Scottish Leaving Certificate Examination, 1953
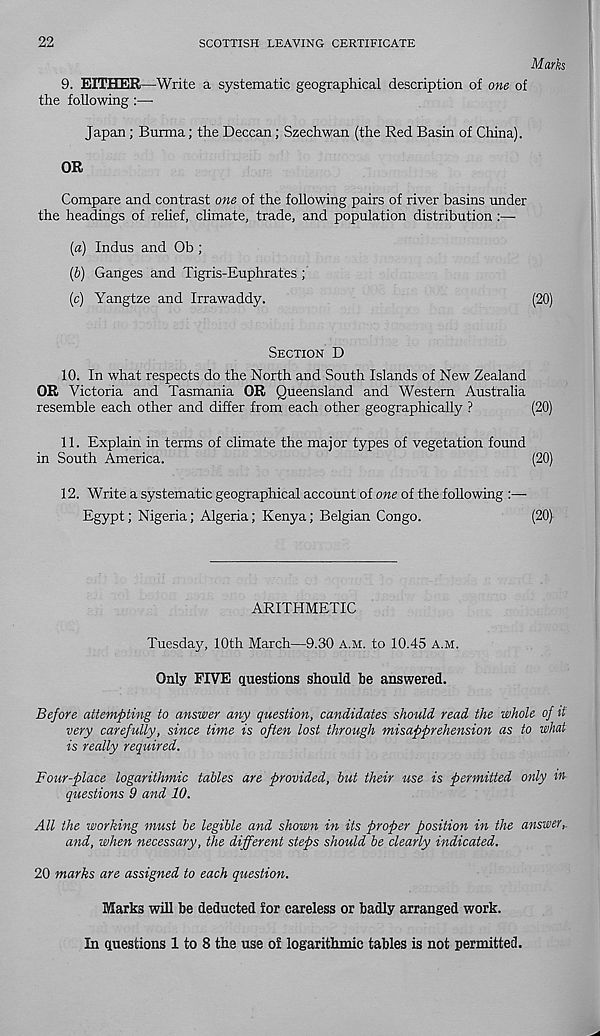
22
SCOTTISH LEAVING CERTIFICATE
Marks
9. EITHER—Write a systematic geographical description of one of
the following :—
Japan; Burma; the Deccan; Szechwan (the Red Basin of China).
OR
Compare and contrast one of the following pairs of river basins under
the headings of relief, climate, trade, and population distribution :—
(a) Indus and Ob ;
(b) Ganges and Tigris-Euphrates ;
(c) Yangtze and Irrawaddy.
(20)
SECTION D
10. In what respects do the North and South Islands of New Zealand
OR Victoria and Tasmania OR Queensland and Western Australia
resemble each other and differ from each other geographically ?
(20)
11. Explain in terms of climate the major types of vegetation found
in South America.
(20)
12. Write a systematic geographical account of one of the following
Egypt; Nigeria; Algeria; Kenya; Belgian Congo.
(20)
ARITHMETIC
Tuesday, 10th March—9.30 A.M. to 10.45 A.M.
Only FIVE ctuestions should be answered.
Before attempting to answer any question, candidates should read the whole of it
very carefully, since time is often lost through misapprehension as to what
is really required.
Four-place logarithmic tables are provided, but their use is permitted only m
questions 9 and 10.
All the working must be legible and shown in its proper position in the answer,,
and, when necessary, the different steps should be clearly indicated.
20 marks are assigned to each question.
Marks will be deducted for careless or badly arranged work.
In questions 1 to 8 the use of logarithmic tables is not permitted.